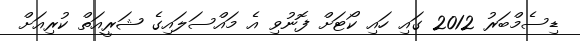
ޑިސެމްބަރު 2012 ގައި ހައި ކޯޓަށް ފޮނުވި އެ މައްސަލައިގެ ޝަރީއަތް ކުރިއަށް